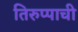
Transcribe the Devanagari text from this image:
तिरुप्पाची